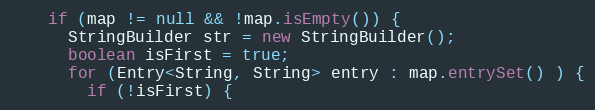
Language: Java
    if (map != null && !map.isEmpty()) {
      StringBuilder str = new StringBuilder();
      boolean isFirst = true;
      for (Entry<String, String> entry : map.entrySet() ) {
        if (!isFirst) {